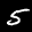
Label: 5